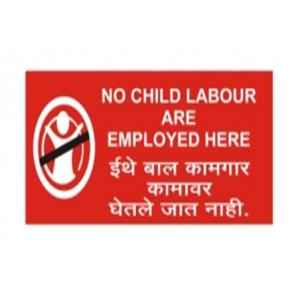
Language: marathi
Transcription: ईथे कामगार जात घेतले नाही. बाल कामावर